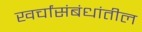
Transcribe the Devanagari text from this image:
खर्चांसंबंधांतील